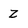
Character: Z